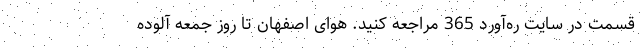
قسمت در سایت ره‌آورد 365 مراجعه کنید. هوای اصفهان تا روز جمعه آلوده